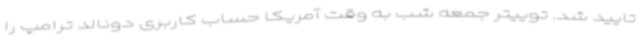
تایید شد. توییتر جمعه شب به وقت آمریکا حساب کاربری دونالد ترامپ را